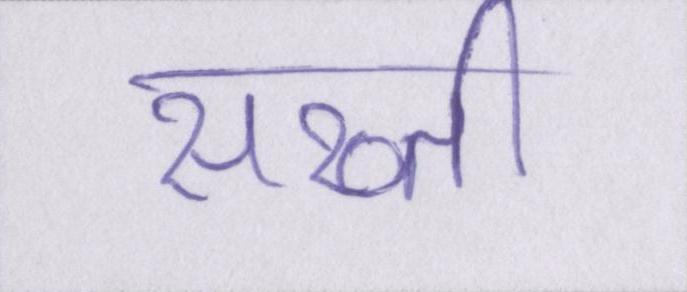
सख्ती